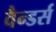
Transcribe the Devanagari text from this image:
वैन्डर्स